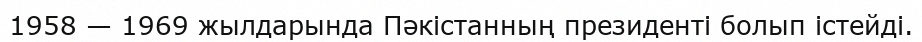
1958 — 1969 жылдарында Пәкістанның президенті болып істейді.